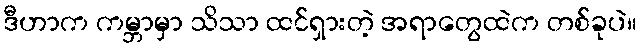
ဒီဟာက ကမ္ဘာမှာ သိသာ ထင်ရှားတဲ့ အရာတွေထဲက တစ်ခုပဲ။